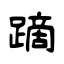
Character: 蹢